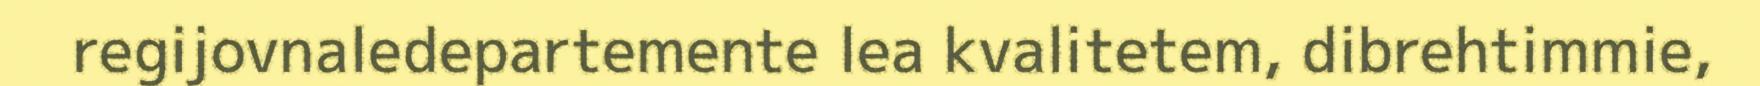
regijovnaledepartemente lea kvalitetem, dibrehtimmie,